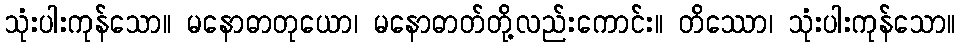
သုံးပါးကုန်သော။ မနောဓာတုယော၊ မနောဓာတ်တို့လည်းကောင်း။ တိဿော၊ သုံးပါးကုန်သော။